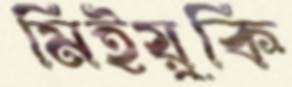
মিইয়ুকি